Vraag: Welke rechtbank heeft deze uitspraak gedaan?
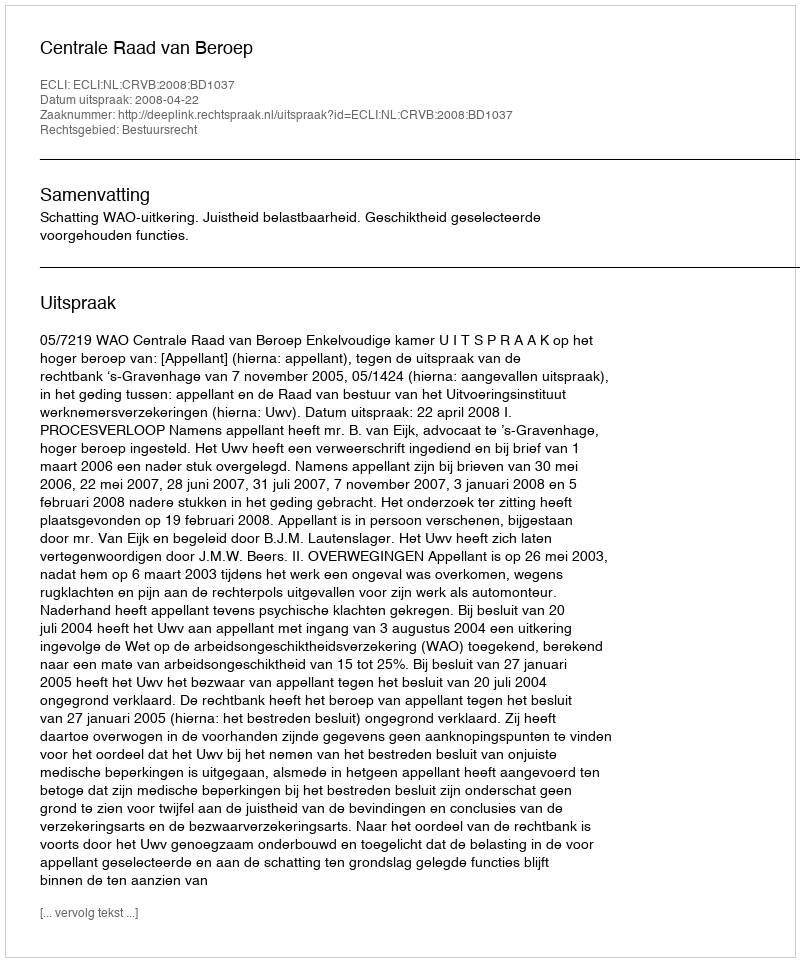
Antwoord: Centrale Raad van Beroep